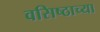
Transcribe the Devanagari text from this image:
वसिष्ठाच्या